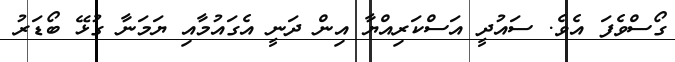
ގޯސްވެފަ އެވެ. ސައުދީ އަސްކަރިއްޔާ އިން ދަނީ އެގައުމާއި ޔަމަނާ ގުޅޭ ބޯޑަރު